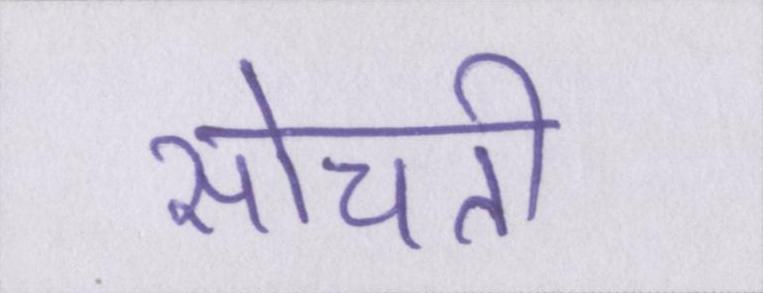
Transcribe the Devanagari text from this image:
सोचती